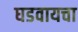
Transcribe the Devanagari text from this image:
घडवायचा